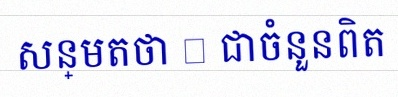
សន្មតថា x ជាចំនួនពិត